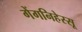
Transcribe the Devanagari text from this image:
गेंगनिहेस्सू